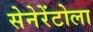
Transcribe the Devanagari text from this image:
सेनेरेंटोला